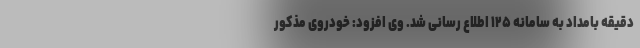
دقیقه بامداد به سامانه ۱۲۵ اطلاع رسانی شد. وی افزود: خودروی مذکور